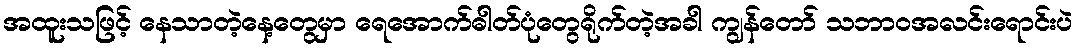
အထူးသဖြင့် နေသာတဲ့နေ့တွေမှာ ရေအောက်ဓါတ်ပုံတွေရိုက်တဲ့အခါ ကျွန်တော် သဘာဝအလင်းရောင်းပဲ